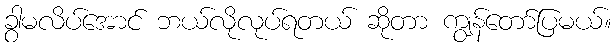
ခွာမလိပ်အောင် ဘယ်လိုလုပ်ရတယ် ဆိုတာ ကျွန်တော်ပြမယ်။